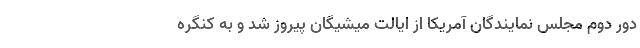
دور دوم مجلس نمایندگان آمریکا از ایالت میشیگان پیروز شد و به کنگره